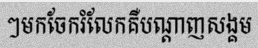
ៗមកចែករំលែកគឺបណ្តាញសង្គម